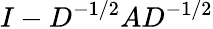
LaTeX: I-D^{-1/2}AD^{-1/2}